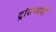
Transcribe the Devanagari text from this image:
ट्रांसफॉर्मों